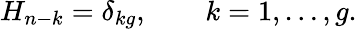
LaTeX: H_{n-k}=\delta_{kg},\qquad k=1,\ldots,g.